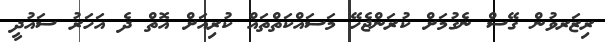
ރިޒަރވުން ގޭސް ނެގުމަށް ކުރަންޖެހޭ މަސައްކަތްތައް ކުރިއަށް އޮތް ދެ އަހަރު ސައުދީ